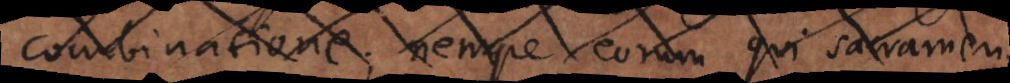
combinatione; nempe eorum qui sacramen